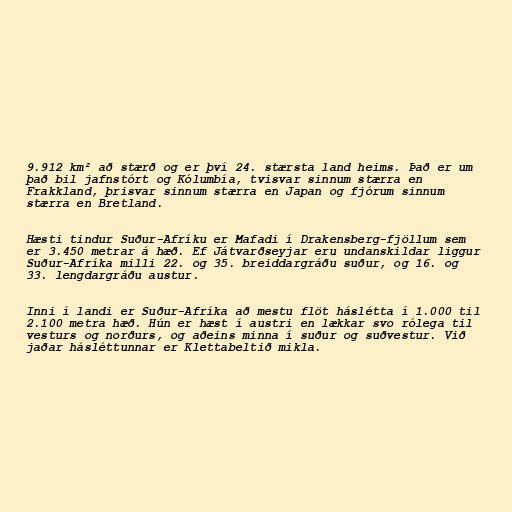
9.912 km² að stærð og er því 24. stærsta land heims. Það er um
það bil jafnstórt og Kólumbía, tvisvar sinnum stærra en
Frakkland, þrisvar sinnum stærra en Japan og fjórum sinnum
stærra en Bretland.

Hæsti tindur Suður-Afríku er Mafadi í Drakensberg-fjöllum sem
er 3.450 metrar á hæð. Ef Játvarðseyjar eru undanskildar liggur
Suður-Afríka milli 22. og 35. breiddargráðu suður, og 16. og
33. lengdargráðu austur.

Inni í landi er Suður-Afríka að mestu flöt háslétta í 1.000 til
2.100 metra hæð. Hún er hæst í austri en lækkar svo rólega til
vesturs og norðurs, og aðeins minna í suður og suðvestur. Við
jaðar hásléttunnar er Klettabeltið mikla.